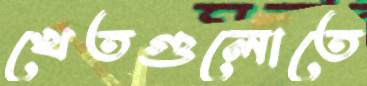
খেতগুলোতে